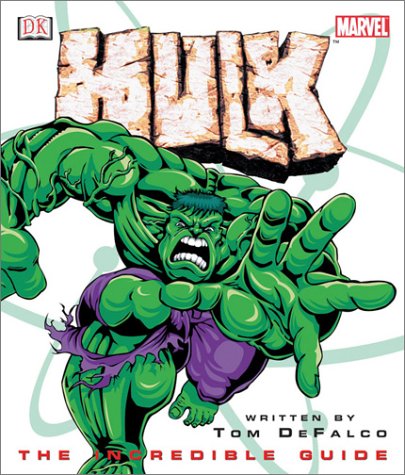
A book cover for Hulk: The Incredible Guide (Marvel Comics); Tom DeFalco; Children's Books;